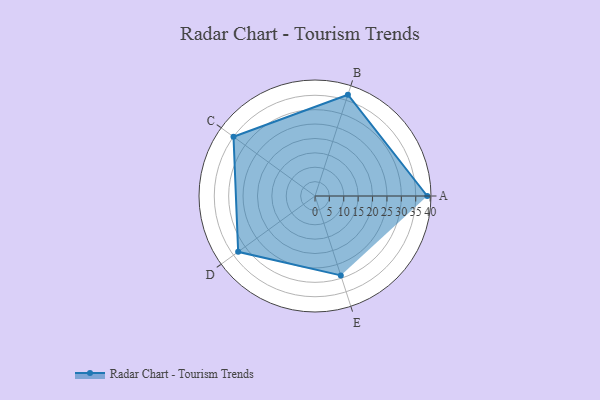
{"axis": {"x": "Skill", "y": "Score"}, "legend": ["Profile"], "data": [{"x": "A", "y": 39.0, "type": "Profile"}, {"x": "B", "y": 37.0, "type": "Profile"}, {"x": "C", "y": 35.0, "type": "Profile"}, {"x": "D", "y": 33.0, "type": "Profile"}, {"x": "E", "y": 29.0, "type": "Profile"}]}